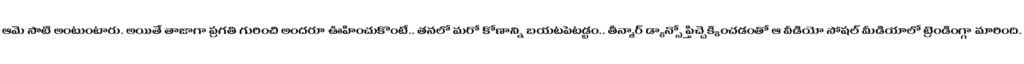
ఆమె సాటి అంటుంటారు. అయితే తాజాగా ప్రగతి గురించి అందరూ ఊహించుకొంటే.. తనలో మరో కోణాన్ని బయటపెట్టడం.. తీన్మార్ డ్యాన్స్తో పిచ్చెక్కించడంతో ఆ వీడియో సోషల్ మీడియాలో ట్రెండింగ్గా మారింది.